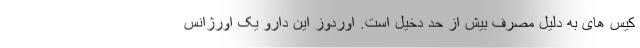
کیس های به دلیل مصرف بیش از حد دخیل است. اوردوز این دارو یک اورژانس